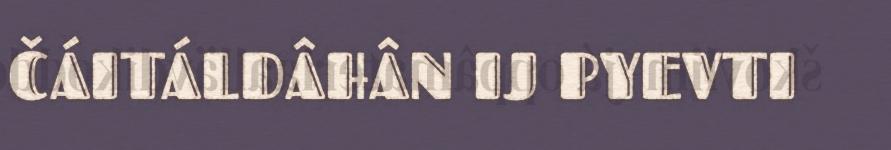
ČÁITÁLDÂHÂN IJ PYEVTI